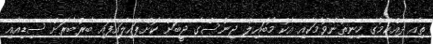
ތިއާ ދެއްކުމުގެ ހިނިތުންވުމަކާއި އެކު މޯބައިލް ޖިންސްގެ ޖީބަށް ކޮށްޕައިލައިފައި ބާރުބާރަށް ސިޑިއާއި